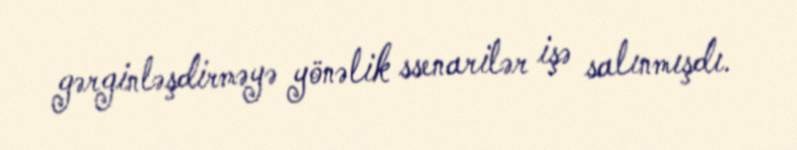
gərginləşdirməyə yönəlik ssenarilər işə salınmışdı.